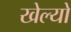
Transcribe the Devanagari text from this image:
खेल्यो